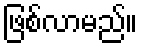
ဖြစ်လာမည်။